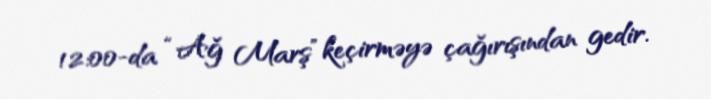
12:00-da “Ağ Marş” keçirməyə çağırışından gedir.